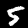
Label: 5